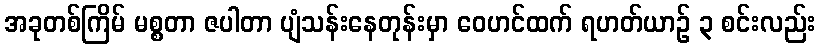
အခုတစ်ကြိမ် မစ္စတာ ဇပါတာ ပျံသန်းနေတုန်းမှာ ဝေဟင်ထက် ရဟတ်ယာဉ် ၃ စင်းလည်း